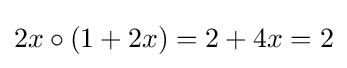
2x\circ (1+2x)=2+4x=2